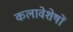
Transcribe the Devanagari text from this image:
कलावेशेषों